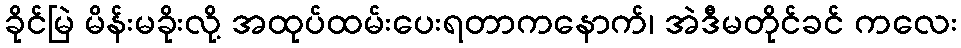
ခိုင်မြဲ မိန်းမခိုးလို့ အထုပ်ထမ်းပေးရတာကနောက်၊ အဲဒီမတိုင်ခင် ကလေး